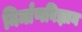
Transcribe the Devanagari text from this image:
निर्माणविज्ञान